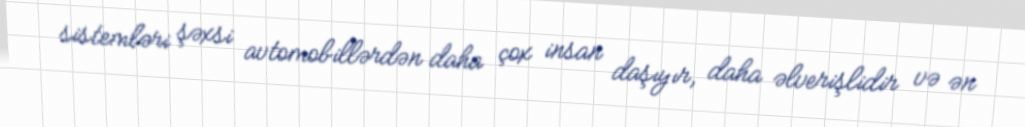
sistemləri şəxsi avtomobillərdən daha çox insan daşıyır, daha əlverişlidir və ən